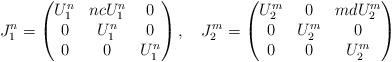
LaTeX: \begin{align*}J_1^n=\begin{pmatrix}U_1^n & nc U_1^n& 0\\ 0 & U_1^n & 0\\ 0 & 0 & U_1^n\end{pmatrix}, \ \ \ J_2^m=\begin{pmatrix}U_2^m & 0&md U_2^m\\0 & U_2^m & 0\\ 0 & 0 & U_2^m\end{pmatrix}\end{align*}